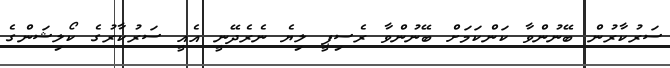
ސަރުކާރުން ބޭނުންވާ ކަންކަމަށް ބޭނުންވާ ރެސިޕީ ލިޔެ ނެރެދޭނީ އެއީ ސަރުކާރުގެ ކޯލިޝަންގެ